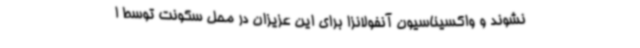
نشوند و واکسیناسیون آنفولانزا برای این عزیزان در محل سکونت توسط ا